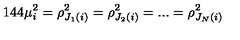
1 4 4 \mu _ { i } ^ { 2 } = \rho _ { J _ { 1 } ( i ) } ^ { 2 } = \rho _ { J _ { 2 } ( i ) } ^ { 2 } = . . . = \rho _ { J _ { N } ( i ) } ^ { 2 }